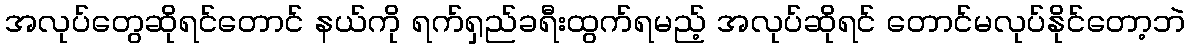
အလုပ်တွေဆိုရင်တောင် နယ်ကို ရက်ရှည်ခရီးထွက်ရမည့် အလုပ်ဆိုရင် တောင်မလုပ်နိုင်တော့ဘဲ